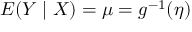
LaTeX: E ( Y \mid X ) = \mu = g ^ { - 1 } ( \eta )